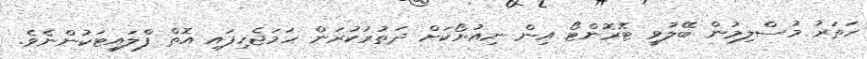
ހަތަރު މުސްލިމުން ބޭލުވީ ޓޮރޮންޓޯ އިން ނިއުޔޯކަށް ދަތުރުކުރަން ހަމަޖެހިފައި އޮތް ފްލައިޓަކުންނެވެ.